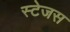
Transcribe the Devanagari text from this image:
स्टेजस